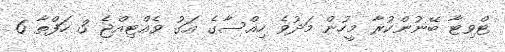
ޓްވިޓާ ބޭނުންކުރާ މީހުން މަދުވެ ހިއްސާގެ އަގު ވެއްޓިއްޖެ 3 ހަފްތާ 6